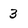
Character: 3